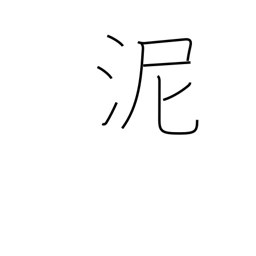
Meaning: mud